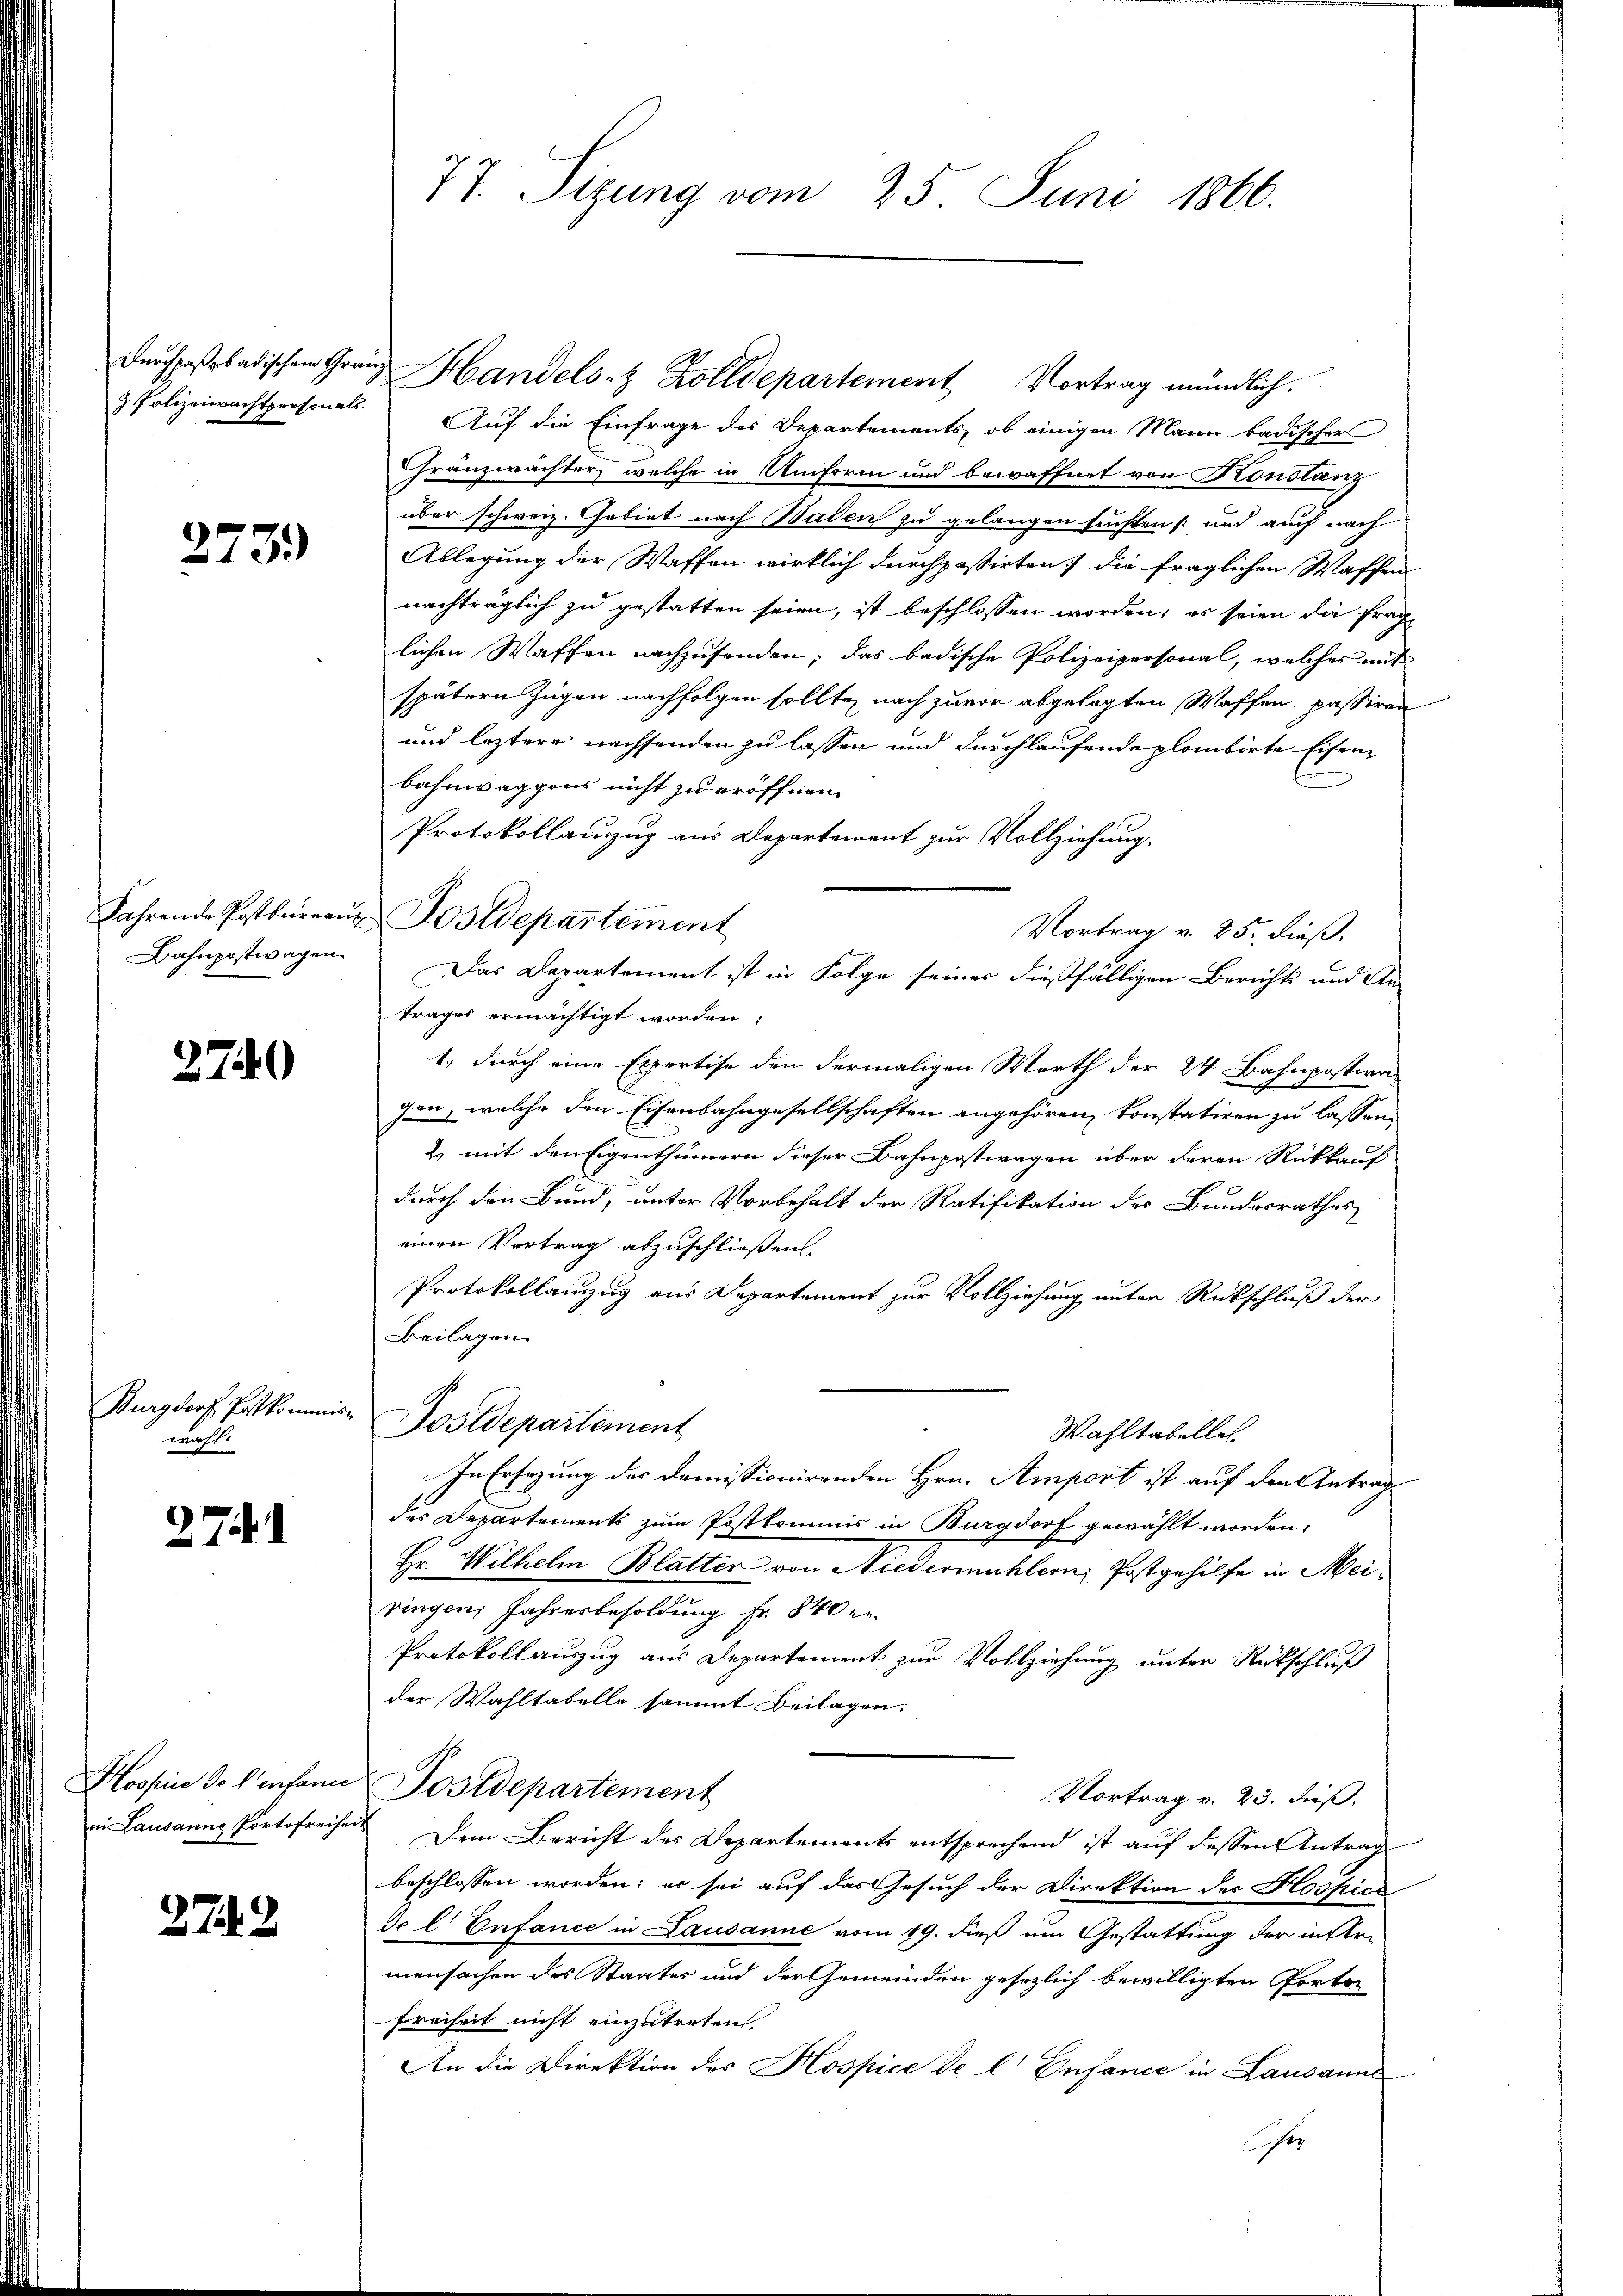
273.

Jahrende Postbüreaux
Bahnpostwagen.

2740

Burgdorf Postkommiswahl.

27.

Mossin de l’enfanie
in Lausanne Portofreihe

274. 2

77. Sizung vom 25. Juni 1866.

Durchpaβrbadischen Gränz Handels- & Zolldepartement Vortrag mündlich.
& Polizeiwachtpersonals. Auf die Einfrage des Departements, ob einigen Mann badischer
Gränzwächter, welche in Uniform und bewaffnet von Konstanz
aber schweiz. Gebiet nach Baden zu gelangen suchten   und auch nach
Ablegung der Waffen wirklich durchpassirten die fraglichen Waffen
nachträglich zu gestatten seien, ist beschlossen worden; es seien die fraglichen Waffen nachzusenden; das badische Polizeipersonal, welches mit
spätern Zügen nachfolgen sollte, nach zuvor abgelegten Waffen, passiren
und leztere nachsenden zu lassen und durchlaufende plombirte Eisenbahnwaggons nicht zu eröffnen.
Protokollanzug aus Departement zur Vollziehung.
Postdepartement
Vortrag v. 25. dieß.
Das Departement ist in Folge seines dießfälligen Berichts und An-
trages ermächtigt worden:
1., durch eine Expertise den dermaligen Werth der 24 Bahnpostiva-
gen, welche den Eisenbahngesellschaften angehören, konstatiren zu lassen
& mit den Eigenthümern dieser Bahnpostwagen über deren Rückkauf
durch den Bund, unter Vorbehalt der Ratifikation der Bundesrathes
einen Vertrag abzuschließen.
Protokollanzug aus Departement zur Vollziehung unter Rückschluß der
Beilagen
Postdepartement
Wahltabelle.
In Ersezung des Demissionirenden Hrn. Amport ist auf den Antrag
des Departements zum Postkommis in Burgdorf gewählt worden:
Hr. Wilhelm Blatter von Niedermühlern Postgehilfe in Meiringen, Jahresbesoldung Fr. 840 er
Protokollauszug aus Departement zur Vollziehung unter Rückschluß
der Wahltabelle sammt Beilagen.
Postdepartement
Vortrag v. 23. dieß.
 Dem Bericht des Departements entsprechend ist auf dessen Antrag
beschlossen worden; er sei auf das Gesuch der Direktion des Kospice
do l Enfance in Lausanne vom 19. dieß um Gestattung der in Armenfachen des Staates und der Gemeinden gesezlich bewilligten Porto¬
Freiheit nicht einzutreten.
An die Direktion des Hospice de l. Enfance in Lausanne
e |